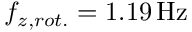
f _ { z , r o t . } = 1 . 1 9 \, \mathrm { H z }